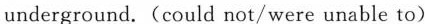
underground.(could not/were unable to)